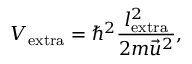
V _ { \mathrm { e x t r a } } = \hbar ^ { 2 } \frac { l _ { \mathrm { e x t r a } } ^ { 2 } } { 2 m \vec { u } ^ { 2 } } ,